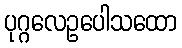
ပုဂ္ဂလေဥပေါသထော